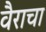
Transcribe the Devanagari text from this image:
वैराचा